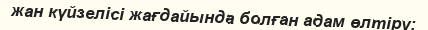
жан күйзелісі жағдайында болған адам өлтіру;